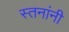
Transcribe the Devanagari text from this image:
स्तनांनी